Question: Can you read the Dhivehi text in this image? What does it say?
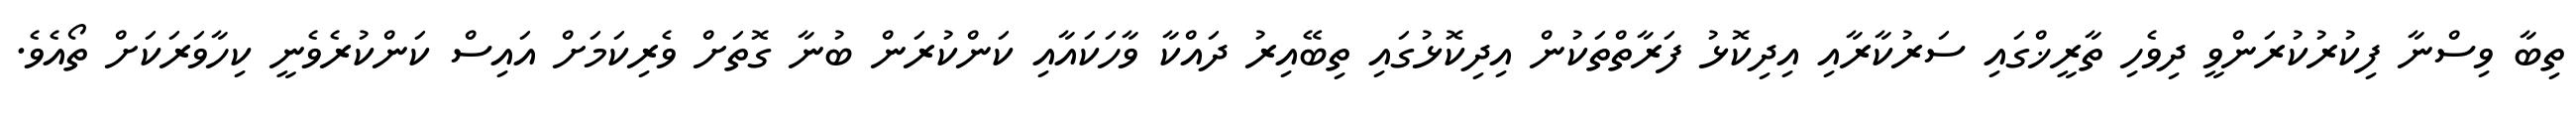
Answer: ތިބާ ވިސްނާ ފިކުރުކުރަންވީ ދިވެހި ތާރީޚްގައި ސަރުކާރާއި އިދިކޮޅު ފަރާތްތަކުން އިދިކޮޅުގައި ތިބޭއިރު ދައްކާ ވާހަކައާއި ކަންކުރަން ބުނާ ގޮތަށް ވެރިކަމަށް އައިސް ކަންކުރެވެނީ ކިހާވަރަކަށް ތޯއެވެ.